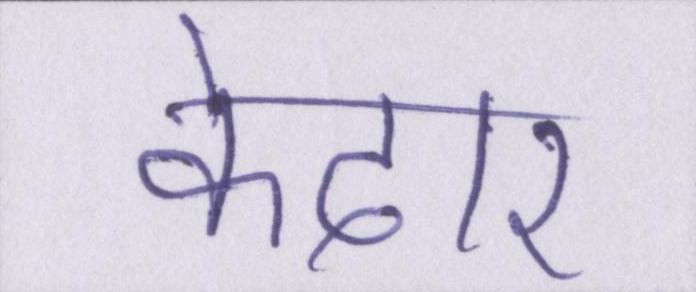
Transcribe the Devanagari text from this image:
केदार